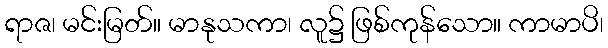
ရာဇ၊ မင်းမြတ်။ မာနုသကာ၊ လူ၌ ဖြစ်ကုန်သော။ ကာမာပိ၊